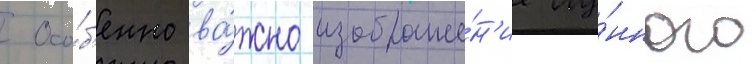
Осо́б'енно ва́жно изображе́н'ие лу́нного